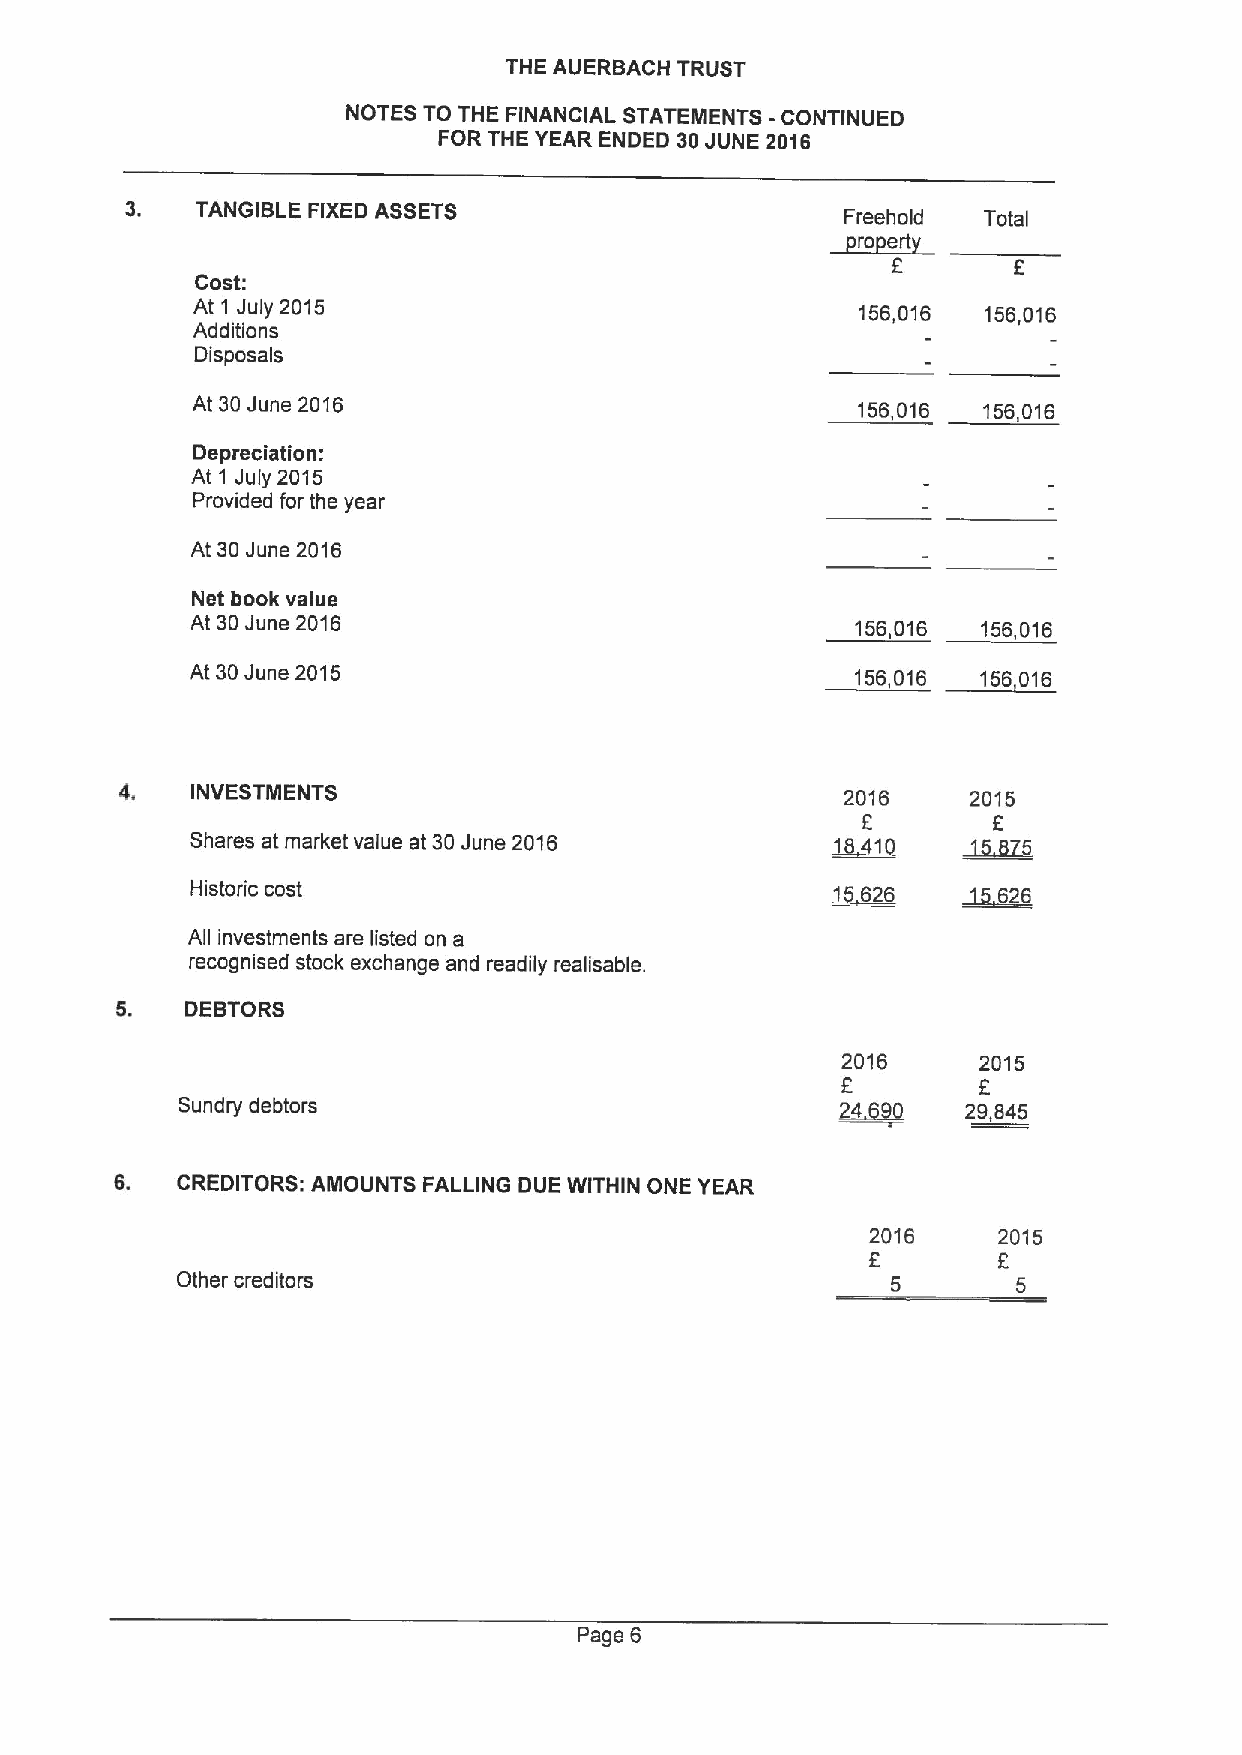
THE AUERBACH TRUST
 NOTES TO THE FINANCIAL STATEMENTS -CONTINUED
 FOR THE YEAR ENDED 30JUNE 2016
 ~t
 TANGIBLE FIXED ASSETS
 Freehold Total
 Cost:
 At 1 July 2015                              156,016 156,016
 Additions
 Disposals
 At 30June 2016                              156,016 156,016
 Depreciation:
 At 1 July 2015
 Provided for the year
 At 30June 2016
 Net book value
 At 30June 2016                              156,016 156,016
 At 30June 2015                              156,016 156,016
 4.   INVESTMENTS                                2016    2015
 ~16      ~16 5
 Shares at market value at 30June 2016
 Historic cost                             ~1626      626
 All investments are listed on a
 recognised stock exchange and readily realisable.
 DEBTORS
 2016     2015
 E
 Sundry debtors                              244I    29,845
 6.  CREDITORS: AMOUNTS FALLING DUE WITHIN ONE YEAR
 2016    2015
 F       F
 Other creditors                                5       5
 Page 6